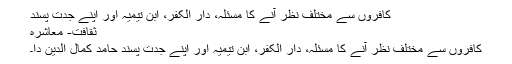
کافروں سے مختلف نظر آنے کا مسئلہ، دار الکفر، ابن تیمیہ اور اپنے جدت پسند
ثقافت- معاشرہ
کافروں سے مختلف نظر آنے کا مسئلہ، دار الکفر، ابن تیمیہ اور اپنے جدت پسند حامد کمال الدین دا۔